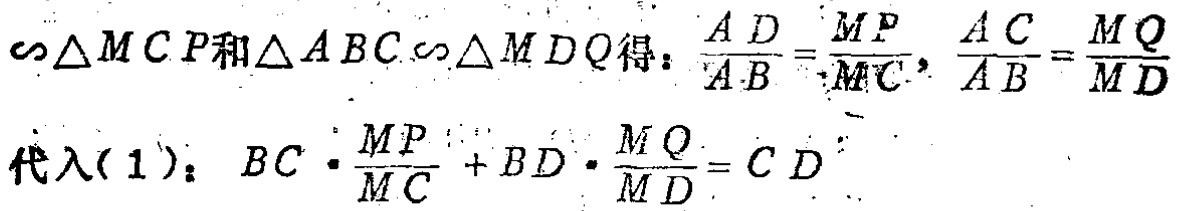
由\(\triangle MCP\)和\(\triangle ABC\sim\triangle MDQ\)得：\(\frac{AD}{AB}=\frac{MP}{MC}\)，\(\frac{AC}{AB}=\frac{MQ}{MD}\)

代入\((1)\)：\(BC\cdot\frac{MP}{MC}+BD\cdot\frac{MQ}{MD}=CD\)